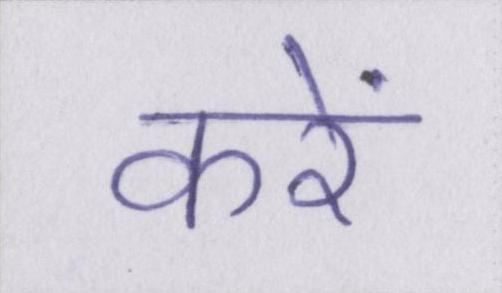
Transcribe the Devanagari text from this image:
करें